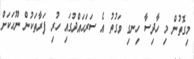
މިގޮތުން މި ހާދިސާ ހިނގި ވަގުތު އެ ސަރަޙައްދުގައި ހުރި ފަރާތަކުން ނޫހަކަށް